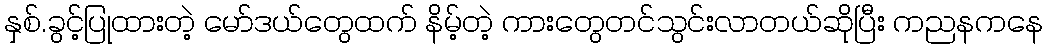
နှစ်.ခွင့်ပြုထားတဲ့ မော်ဒယ်တွေထက် နိမ့်တဲ့ ကားတွေတင်သွင်းလာတယ်ဆိုပြီး ကညနကနေ